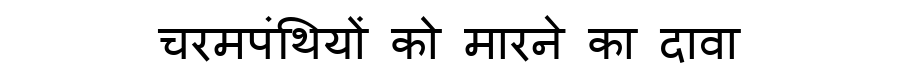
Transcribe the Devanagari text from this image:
चरमपंथियों को मारने का दावा